Sanitation, dispensaries and jails vaccination Rajputana 1922-1927 - 1922-1927
Year: 1922
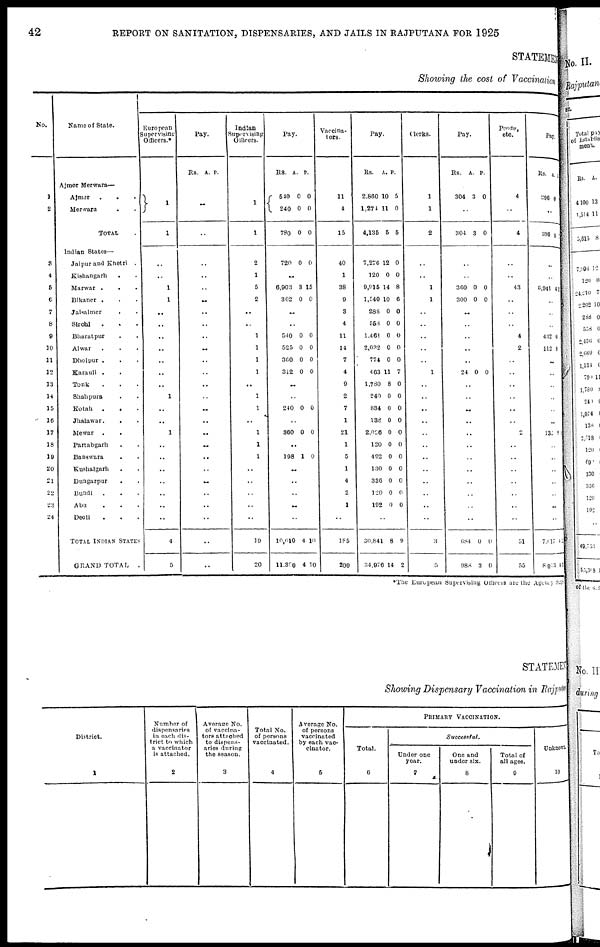
42
REPORT ON SANITATION, DISPENSARIES, AND JAILS IN RAJPUTANA FOR 1925
STATEMENT
Showing the cost of Vaccination
No.
1
2
3
4
5
6
7
8
9
10
11
12
13
14
15
16
17
18
19
20
21
22
23
24
Name of State.
Ajmer Merwara—
Ajmer
.
. .
Merwara
TOTAL .
Indian States—
Jaipur and Khetri .
Kishangarh . .
Marwar . . . .
Bikaner . . .
Jaisalmer
. .
Sirohi . . .
Bharatpur
.
.
Alwar . . .
Dholpur . . .
Karauli . .
Tonk . . .
Shahpura . .
Kotah
. . .
Jhalawar. . .
Mewar
. .
Partabgarh . .
Banswara
. .
Kushalgarh . .
Dungarpur
.
Bundi . . .
Abu
Deoli
TOTAL INDIAN STATES
GRAND TOTAL
.
European
Supervising
Officers.*
1
1
..
..
1
1
..
..
..
..
..
..
..
1
..
..
1
..
..
..
..
..
..
..
4
5
Pay.
Rs. A. P.
..
..
..
..
..
..
..
..
..
..
..
..
..
..
..
..
..
..
..
..
..
..
..
..
..
..
Indian
Supervising
Officers.
1
1
2
1
5
2
..
..
..
..
..
..
..
..
..
..
..
..
..
..
..
..
..
19
20
Pay.
Rs.
540
240
780
A.
0
0
0
P.
0
0
0
720 0 0
..
6,903
362
3
0
15
0
..
540
525
360
312
0
0
0
0
0
0
0
0
..
..
240 0 0
..
360 0 0
..
198 1 0
..
..
..
..
..
10,610
11,390
4
4
10
10
Vaccina-
tors.
11
4
15
40
1
38
9
3
4
11
14
7
4
9
2
7
1
21
1
5
1
4
2
1
1
185
200
Pay.
Rs.
2,860
1,274
4,135
A.
10
11
5
P.
5
0
6
7,276
120
9,915
1,540
288
558
1,461
2,032
774
463
1,780
240
834
138
2,028
120
492
130
336
120
192
12
0
14
10
0
0
0
0
0
11
8
0
0
0
0
0
0
0
0
0
0
0
0
8
6
0
0
0
0
0
7
0
0
0
0
0
0
0
0
0
0
0
..
30,841
34,976
8
14
9
2
Clerks.
1
1
2
..
..
1
1
..
..
..
..
..
1
..
..
. .
..
..
..
..
..
..
..
..
..
3
5,
Pay.
Rs.
304
A.
3
P.
0
..
304 3 0
..
..
360
300
0
0
0
0
..
..
..
..
..
24 0 0
..
..
..
..
..
..
..
..
..
..
..
..
684
988
0
3
0
0
Peons,
etc.
4
..
4
..
..
43
..
..
..
4
2
..
..
..
..
..
..
2
..
..
..
..
..
..
..
51
55
Pay.
Rs.
396
A.
0
P.
..
396 0
..
..
6,941 41
..
..
..
432
112
0
0
..
..
..
..
..
..
132 0 1
..
..
..
..
..
..
7,617
8,013
4
13
1
1
*The European Supervising Officers are the Agency Surgeon
STATEMENT
Showing Dispensary Vaccination in Raj put ana
District.
1
Number of
dispensaries
in each dis-
trict to which
a vaccinator
is attached.
2
Average No.
of vaccina-
tors attached
to dispens-
aries during
the season.
3
Total No.
of persons
vaccinated.
4
Average No.
of persons
vaccinated
by each vac-
cinator.
5
Total.
6
PRIMARY VACCINATION.
Successful.
Under one
year.
7
One and
under six.
8
Total of
all ages.
9
Unknown.
10